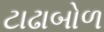
ટાઢાબોળ